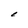
Character: C